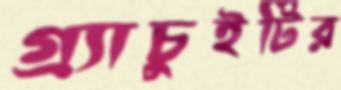
গ্র্যাচুইটির